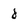
Character: 8